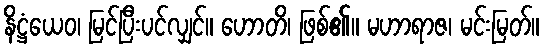
နိဋ္ဌံယေဝ၊ မြင်ပြီးပင်လျှင်။ ဟောတိ၊ ဖြစ်၏။ မဟာရာဇ၊ မင်းမြတ်။